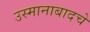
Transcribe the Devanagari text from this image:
उस्मानाबादचे